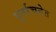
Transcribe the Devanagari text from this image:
पुनर्रचनेत